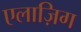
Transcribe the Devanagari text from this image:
एलाज़िग